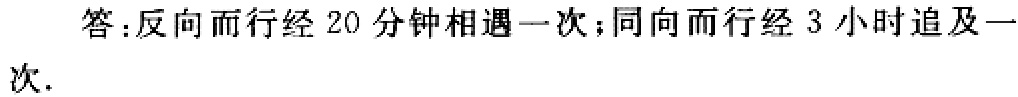
答：反向而行经 20 分钟相遇一次；同向而行经 3 小时追及一次．